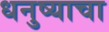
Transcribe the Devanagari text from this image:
धनुष्याचा